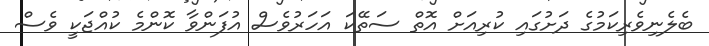
ބެލެނިވެރިކަމުގެ ދަށުގައި ކުރިއަށް އޮތް ސަތޭކަ އަހަރުވެސް އުފަންވާ ކޮންމެ ކުއްޖަކީ ވެސް